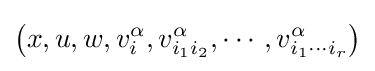
\left(x,u,w,v_{i}^{\alpha },v_{i_{1}i_{2}}^{\alpha },\cdots ,v_{i_{1}\cdots i_{r}}^{\alpha }\right)